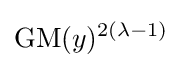
\operatorname {GM} (y)^{2(\lambda -1)}